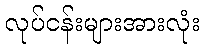
လုပ်ငန်းများအားလုံး